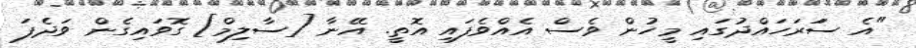
"އެ ސަަރަހައްދުގައި މީހުން ވެސް އެއްވެފައި އޮތީ. އޭނާ [ސާލިމް] ގޮވައިގެން ވަދެފަ